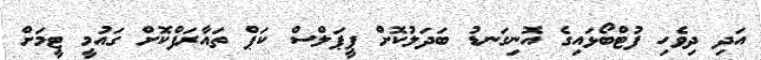
އަދި ދިވެހި ފުޓްބޯޅައިގެ އޮނިގަނޑު ބަދަލުކޮށް ޕީޕަލްސް ކަޕް ތައާރަފްކޮށް ގައުމީ ޓީމަށް